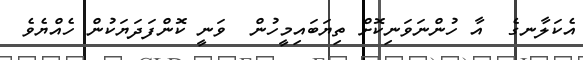
އެކަލާނގެ  އާ ހުންނަވަނިކޮށް ތިޔަބައިމީހުން  ވަނީ ކޮންފަދަޔަކުން ހެއްޔެވެ